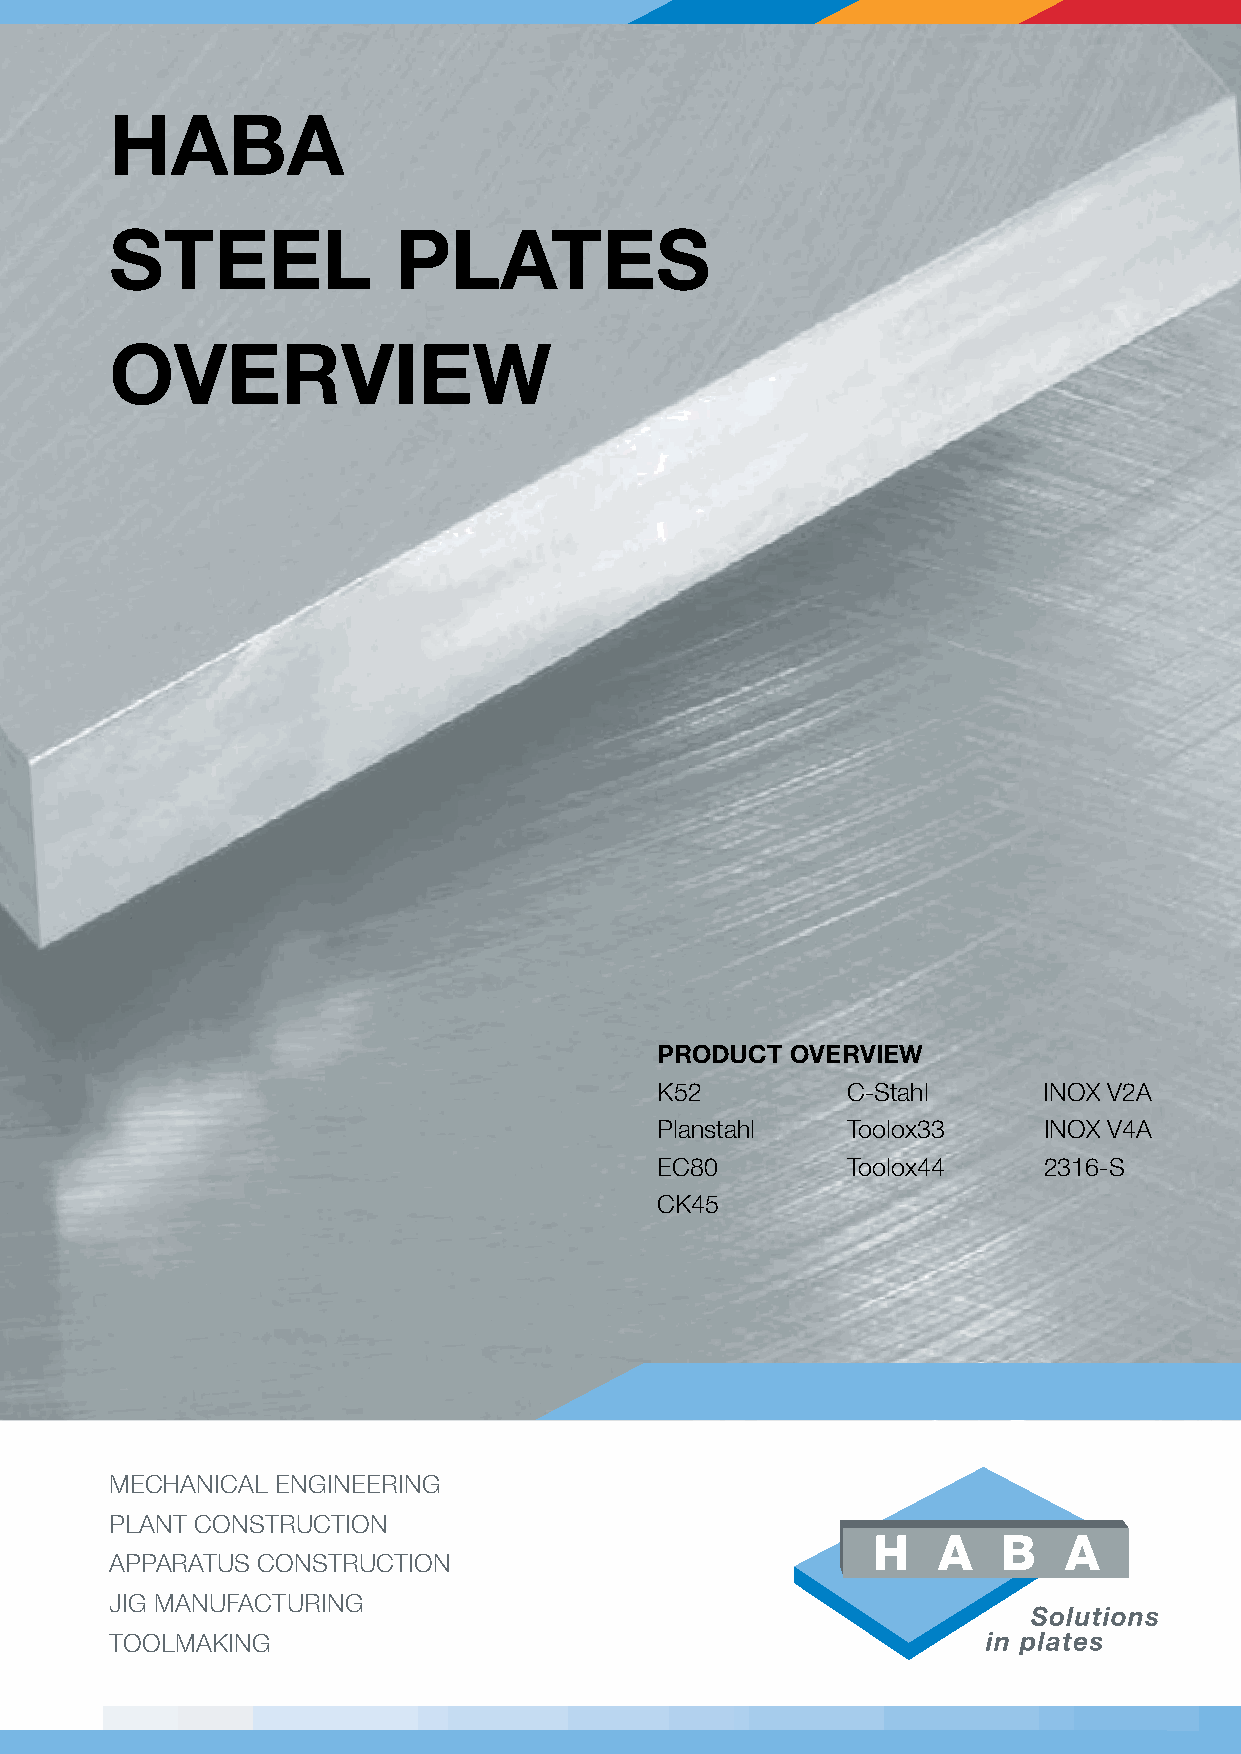
HABA
 Steel              plAteS
 overview
 product  overview
 k52          c-stahl      inoX V2a
 Planstahl    toolox33     inoX V4a
 ec80         toolox44     2316-s
 ck45
 Mechanical engineering
 Plant construction
 aPParatus construction
 Jig Manufacturing
 toolMaking